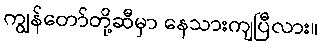
ကျွန်တော်တို့ဆီမှာ နေသားကျပြီလား။